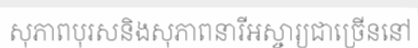
សុភាពបុរសនិងសុភាពនារីអស្ចារ្យជាច្រើននៅ